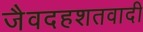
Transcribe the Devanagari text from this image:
जैवदहशतवादी